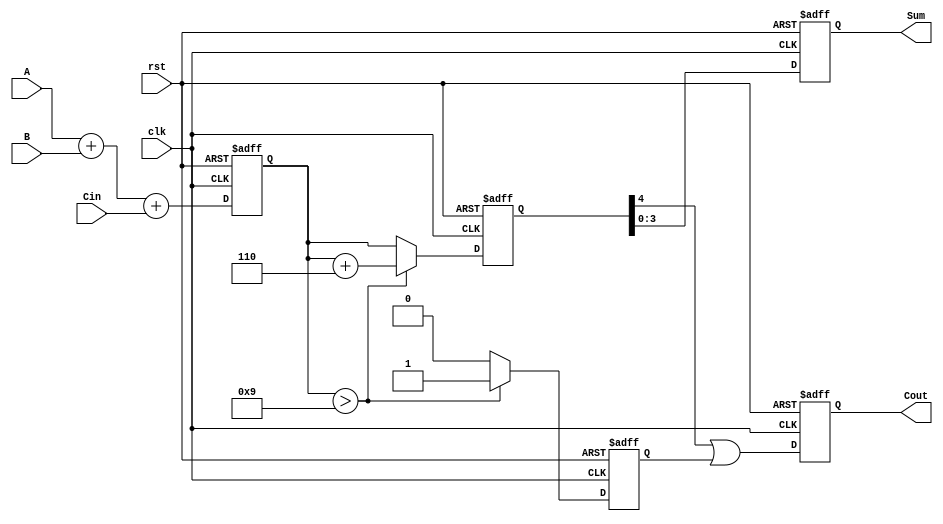
module BCD_Pipelined_Adder (
    input wire [3:0] A,       // First BCD input
    input wire [3:0] B,       // Second BCD input
    input wire Cin,           // Carry-in
    input wire clk,           // Clock signal
    input wire rst,           // Reset signal
    output reg [3:0] Sum,     // BCD sum output
    output reg Cout           // Carry-out
);

    // Internal signals
    reg [4:0] raw_sum;        // 5-bit raw sum to accommodate carry
    reg [4:0] corrected_sum;  // 5-bit corrected sum
    reg valid_bcd;            // Flag to check valid BCD

    // Stage 1: Raw addition
    always @(posedge clk or posedge rst) begin
        if (rst) begin
            raw_sum <= 5'b0;  // Initialize raw_sum to 0 on reset
        end else begin
            raw_sum <= A + B + Cin;  // Perform binary addition
        end
    end

    // Stage 2: BCD correction
    always @(posedge clk or posedge rst) begin
        if (rst) begin
            corrected_sum <= 5'b0;  // Initialize corrected_sum to 0 on reset
            valid_bcd <= 1'b0;      // Reset valid BCD flag
        end else begin
            // Check if raw sum is greater than 9 or if there is a carry-out
            if (raw_sum > 9) begin
                corrected_sum <= raw_sum + 5'b0110; // Add 6 to convert to BCD
                valid_bcd <= 1'b1;    // Set valid BCD flag
            end else begin
                corrected_sum <= raw_sum; // No correction needed
                valid_bcd <= 1'b0;        // Clear valid BCD flag
            end
        end
    end

    // Stage 3: Registering the output
    always @(posedge clk or posedge rst) begin
        if (rst) begin
            Sum <= 4'b0;    // Reset sum output
            Cout <= 1'b0;   // Reset carry-out
        end else begin
            Sum <= corrected_sum[3:0]; // Take the lower 4 bits as output
            Cout <= corrected_sum[4] | valid_bcd; // Carry out if there's a carry or correction
        end
    end

endmodule